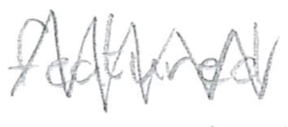
Text: featured
Cross-out: mix
Writing tool: pencil